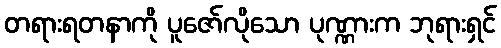
တရားရတနာကို ပူဇော်လိုသော ပုဏ္ဏားက ဘုရားရှင်